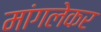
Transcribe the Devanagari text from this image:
मांगलेकर